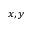
x , y